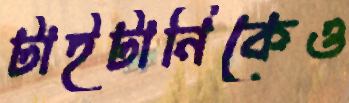
টাইটানিকেও